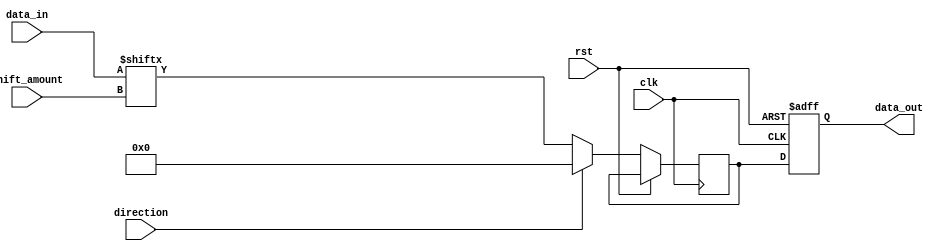
module Barrel_Shifter(
    input wire clk,
    input wire rst,
    input wire direction, // 0: Right shift, 1: Left shift
    input wire [3:0] shift_amount,
    input wire [7:0] data_in,
    output reg [7:0] data_out
);

reg [7:0] shift_reg;

always @(posedge clk or posedge rst) begin
    if (rst) begin
        data_out <= 8'b0;
    end else begin
        if (direction) begin // Left shift
            shift_reg <= {data_in[shift_amount-1:0], 8'b0};
        end else begin // Right shift
            shift_reg <= {8'b0, data_in[7:shift_amount]};
        end

        data_out <= shift_reg;
    end
end

endmodule